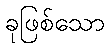
ခုဖြစ်သော